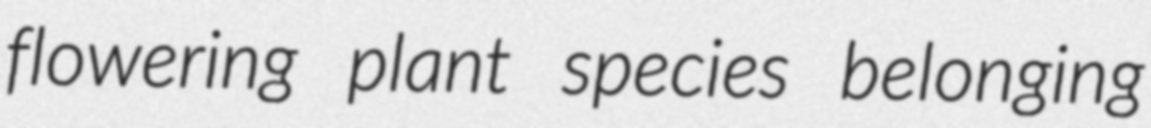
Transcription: flowering plant species belonging